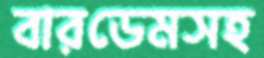
বারডেমসহ